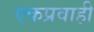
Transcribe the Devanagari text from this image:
एकप्रवाही